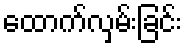
ထောက်လှမ်းခြင်း